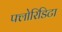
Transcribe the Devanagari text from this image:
फ्लोरिडिटा